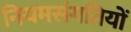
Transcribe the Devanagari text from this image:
नियमसंगतियों